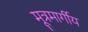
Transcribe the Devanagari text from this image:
मूत्रमार्गीय